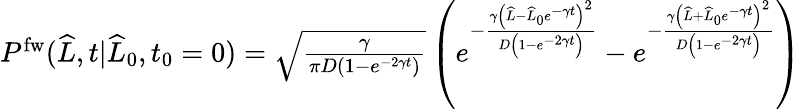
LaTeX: \begin{array}{r}{P^{\mathrm{fw}}(\widehat{L},t|\widehat{L}_{0},t_{0}=0)=\sqrt{\frac{\gamma}{\pi D(1-e^{-2\gamma t})}}\left(e^{-\frac{\gamma\left(\widehat{L}-\widehat{L}_{0}e^{-\gamma t}\right)^{2}}{D\left(1-e^{-2\gamma t}\right)}}-e^{-\frac{\gamma\left(\widehat{L}+\widehat{L}_{0}e^{-\gamma t}\right)^{2}}{D\left(1-e^{-2\gamma t}\right)}}\right)}\end{array}